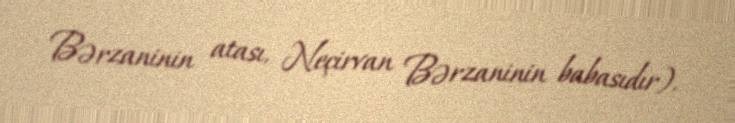
Bərzaninin atası, Neçirvan Bərzaninin babasıdır).